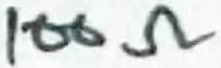
Text: 100Ω